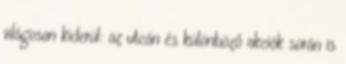
világosan kiderül: az utcán és különböző akciók során is